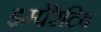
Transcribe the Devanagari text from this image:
इम्पेरेटिव